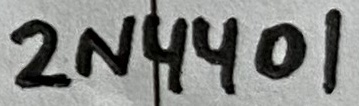
Text: 2N4401